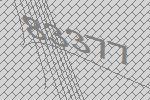
83377